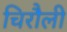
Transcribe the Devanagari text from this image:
चिरौली